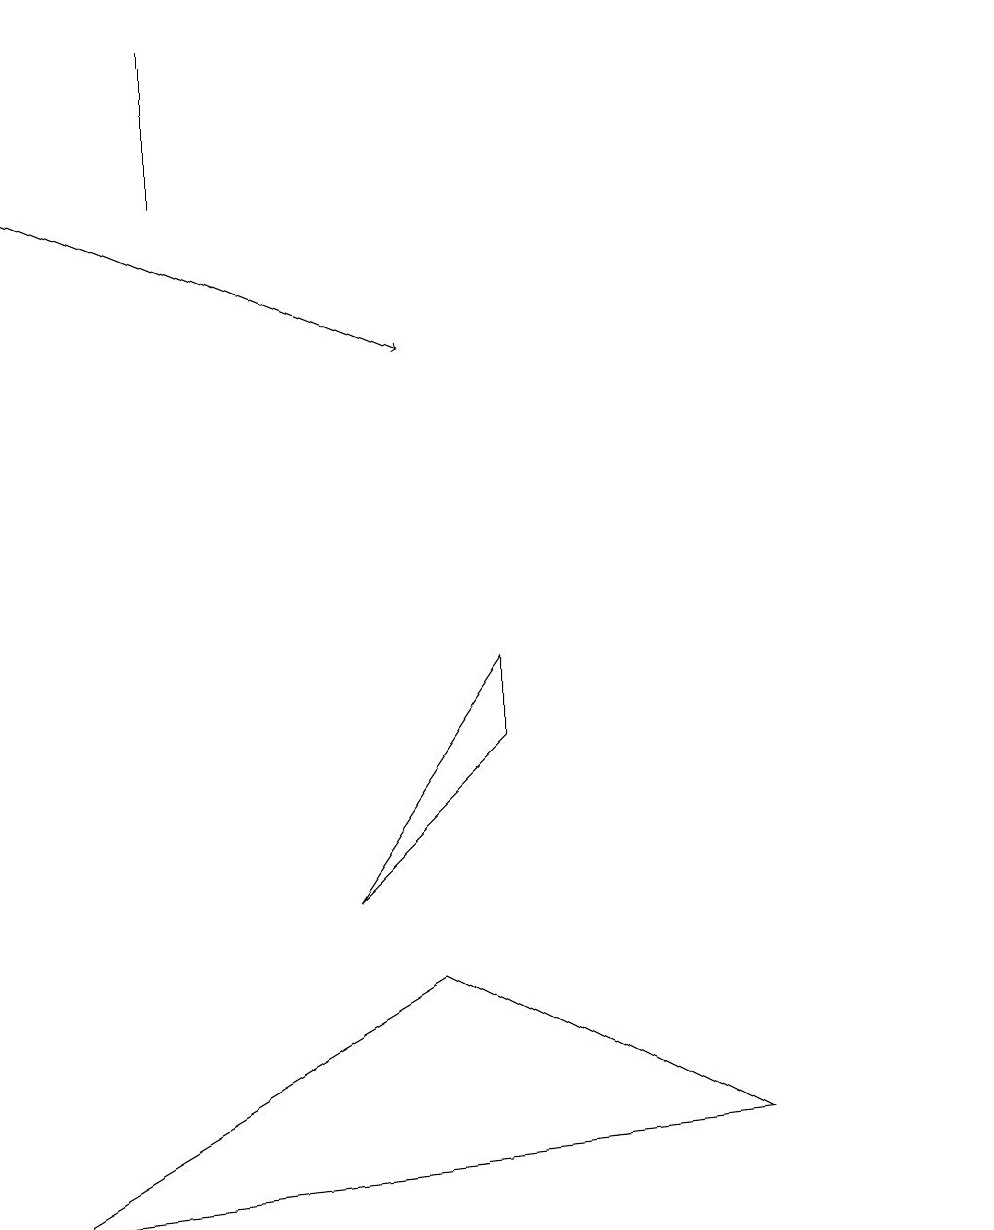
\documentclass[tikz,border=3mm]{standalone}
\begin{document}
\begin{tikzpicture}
\draw (2,13) rectangle (2,15);
\draw (0,0) -- (5,3) -- (9,1) -- cycle;
\draw (12,11) circle (0);
\draw[->] (0,13) -- (5,11);
\draw (6,7) -- (4,4) -- (6,6) -- cycle;
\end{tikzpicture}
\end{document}